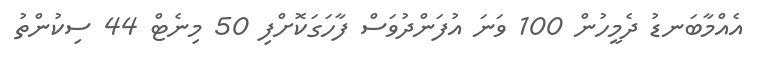
އެއްމާބަނޑު ދެމީހުން 100 ވަނަ އުފަންދުވަސް ފާހަގަކޮށްފި 50 މިނެޓް 44 ސިކުންތު